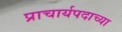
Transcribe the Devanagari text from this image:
प्राचार्यपदाच्या